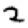
Digit: 2